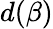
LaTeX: d(\beta)